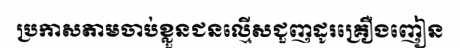
ប្រកាសតាមចាប់ខ្លួនជនល្មើសជួញដូរគ្រឿងញៀន